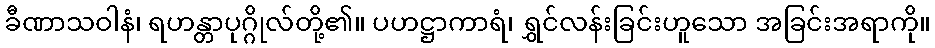
ခီဏာသဝါနံ၊ ရဟန္တာပုဂ္ဂိုလ်တို့၏။ ပဟဋ္ဌာကာရံ၊ ရွှင်လန်းခြင်းဟူသော အခြင်းအရာကို။